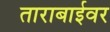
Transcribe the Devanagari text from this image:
ताराबाईवर